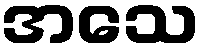
အသေ